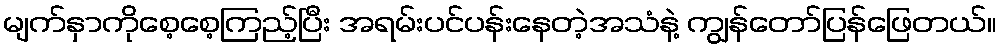
မျက်နှာကိုစေ့စေ့ကြည့်ပြီး အရမ်းပင်ပန်းနေတဲ့အသံနဲ့ ကျွန်တော်ပြန်ဖြေတယ်။